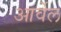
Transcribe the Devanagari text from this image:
आर्वेल